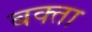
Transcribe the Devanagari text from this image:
बक्‍ता